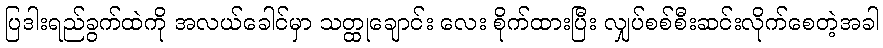
ပြဒါးရည်ခွက်ထဲကို အလယ်ခေါင်မှာ သတ္ထုချောင်း လေး စိုက်ထားပြီး လျှပ်စစ်စီးဆင်းလိုက်စေတဲ့အခါ